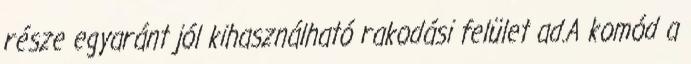
része egyaránt jól kihasználható rakodási felület ad.A komód a